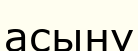
асыну